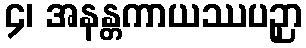
၄၊ အနန္တကာယဿပဉှာ